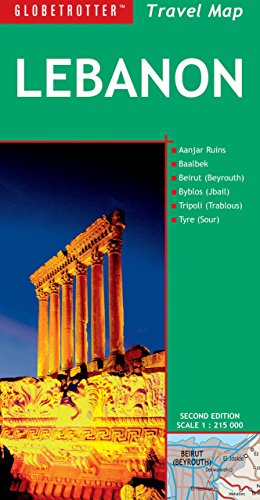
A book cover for Lebanon Travel Map (Globetrotter Travel Map); Globetrotter; Travel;